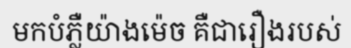
មកបំភ្លឺយ៉ាងម៉េច គឺជារឿងរបស់